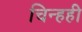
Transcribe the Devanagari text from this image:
चिन्हही